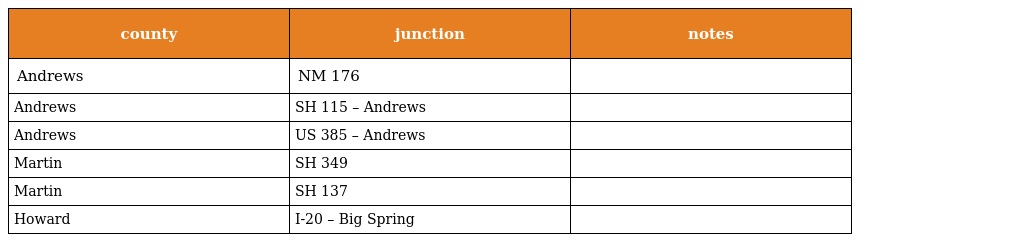
| county | junction | notes |
 | --- | --- | --- |
 | Andrews | NM 176 |  |
 | Andrews | SH 115 – Andrews |  |
 | Andrews | US 385 – Andrews |  |
 | Martin | SH 349 |  |
 | Martin | SH 137 |  |
 | Howard | I-20 – Big Spring |  |